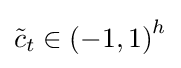
{\tilde {c}}_{t}\in {(-1,1)}^{h}